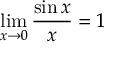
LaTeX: \operatorname* { l i m } _ { x \to 0 } { \frac { \sin x } { x } } = 1